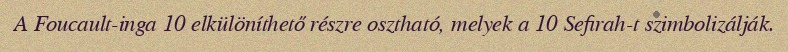
A Foucault-inga 10 elkülöníthető részre osztható, melyek a 10 Sefirah-t szimbolizálják.